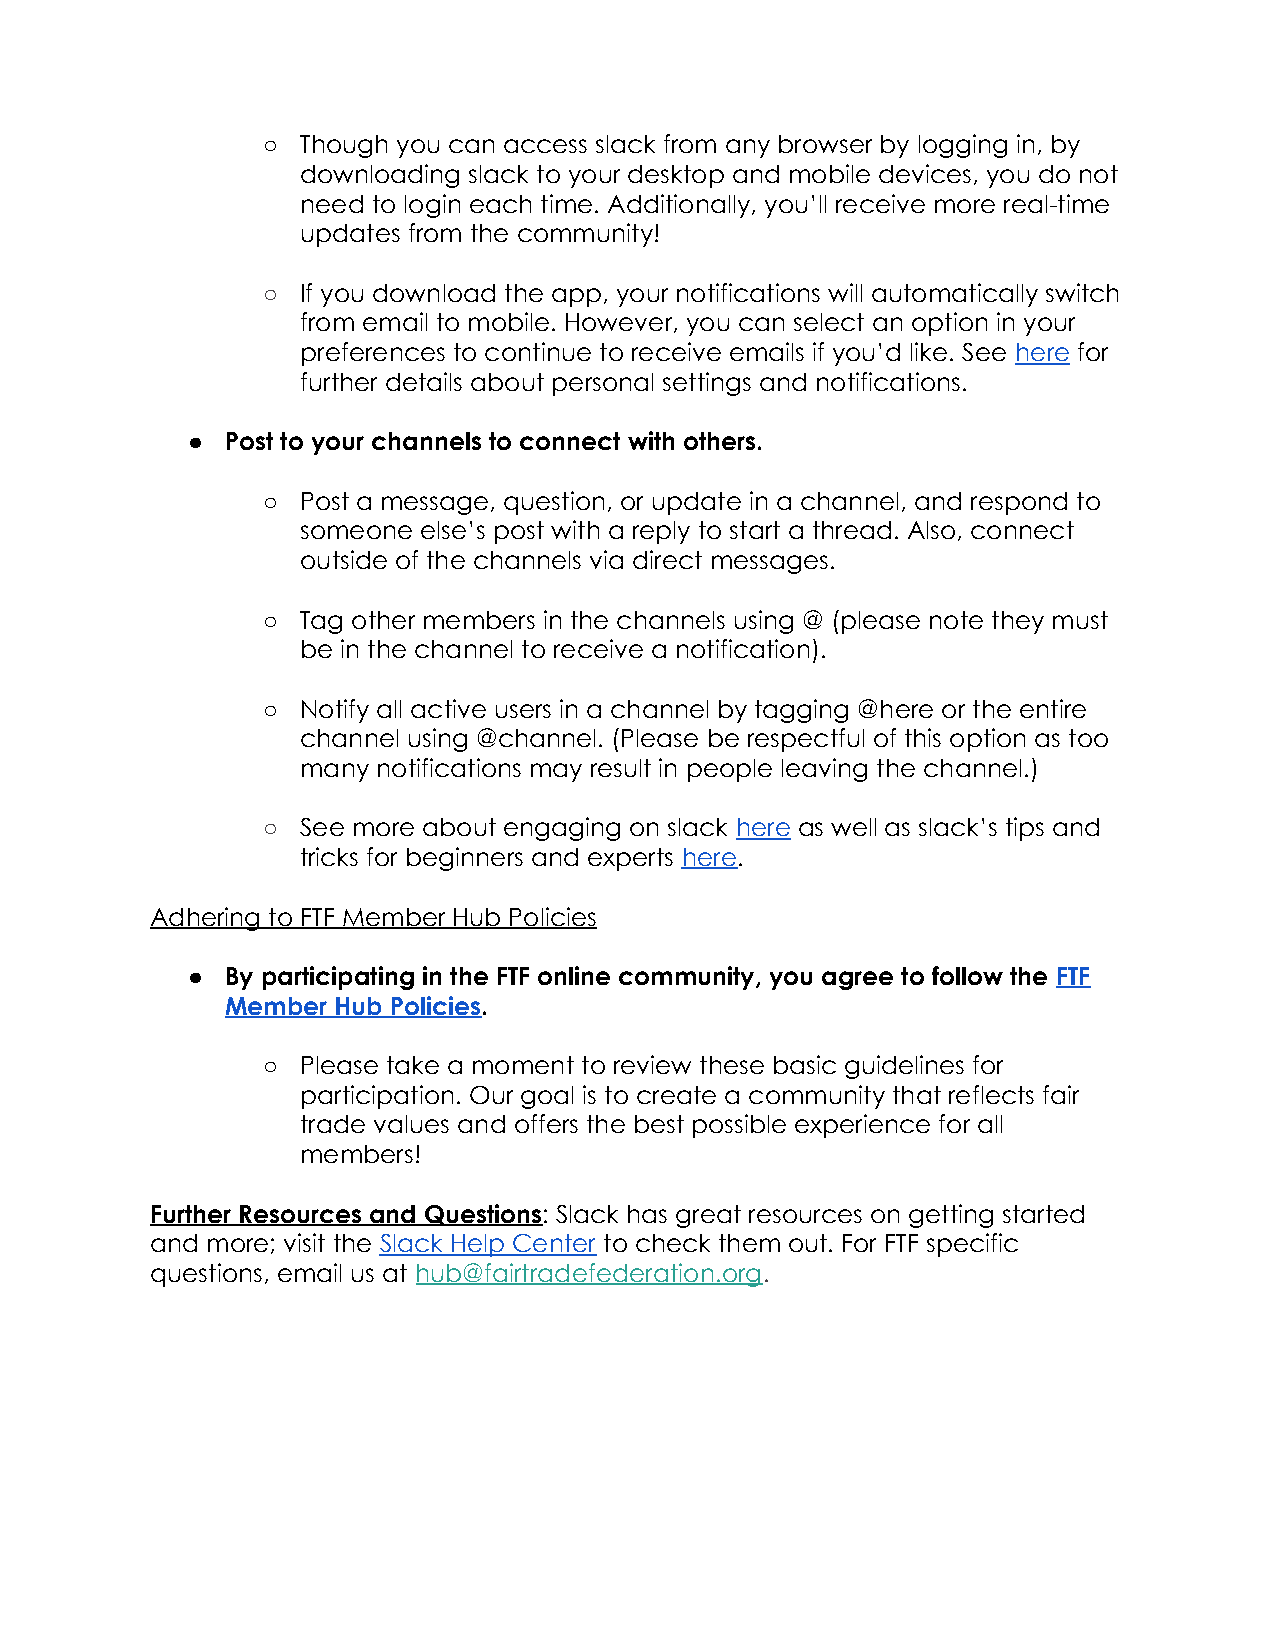
○  Though you can access slack from any browser by logging in, by
 downloading slack to your desktop and mobile devices, you do not
 need to login each time. Additionally, you’ll receive more real-time
 updates from the community!
 ○  If you download the app, your notifications will automatically switch
 from email to mobile. However, you can select an option in your
 preferences to continue to receive emails if you’d like. See here for
 ​ ​ ​ ​
 further details about personal settings and notifications.
 ●  Post to your channels to connect with others.
 ○  Post a message, question, or update in a channel, and respond to
 someone else’s post with a reply to start a thread. Also, connect
 outside of the channels via direct messages.
 ○  Tag other members in the channels using @ (please note they must
 be in the channel to receive a notification).
 ○  Notify all active users in a channel by tagging @here or the entire
 channel using @channel. (Please be respectful of this option as too
 many notifications may result in people leaving the channel.)
 ○  See more about engaging on slack here as well as slack’s tips and
 ​  ​ ​
 tricks for beginners and experts here.
 ​ ​ ​
 Adhering to FTF Member Hub Policies
 ●  By participating in the FTF online community, you agree to follow the FTF
 ​
 Member Hub Policies.
 ​
 ○  Please take a moment to review these basic guidelines for
 participation. Our goal is to create a community that reflects fair
 trade values and offers the best possible experience for all
 members!
 Further Resources and Questions: Slack has great resources on getting started
 ​
 and more; visit the Slack Help Center to check them out. For FTF specific
 ​             ​
 questions, email us at hub@fairtradefederation.org.
 ​                      ​